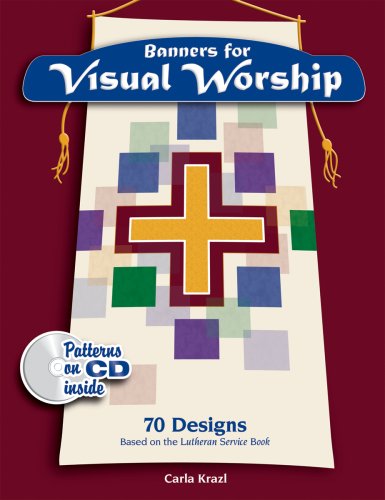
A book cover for Banners for Visual Worship: 70 Designs based on the Lutheran Service Book; Carla Krazl; Christian Books & Bibles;